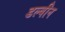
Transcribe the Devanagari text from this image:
डल्बीन